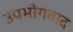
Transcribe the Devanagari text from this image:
उपभोगवाद